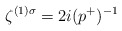
\begin{align*}\zeta^{(1)\sigma} = 2i (p^+)^{-1}\end{align*}